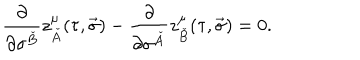
\frac { \partial } { \partial \sigma ^ { \check { B } } } z _ { \check { A } } ^ { \mu } ( \tau , \vec { \sigma } ) - \frac { \partial } { \partial \sigma ^ { \check { A } } } z _ { \check { B } } ^ { \mu } ( \tau , \vec { \sigma } ) = 0 .